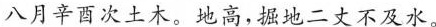
八月辛酉次土木。地高，强地二丈不及水。